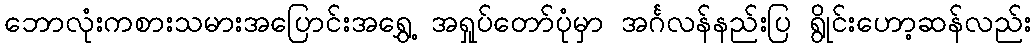
ဘောလုံးကစားသမားအပြောင်းအရွှေ့ အရှုပ်တော်ပုံမှာ အင်္ဂလန်နည်းပြ ရွိုင်းဟော့ဆန်လည်း